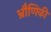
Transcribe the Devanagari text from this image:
भ्रौणिकी